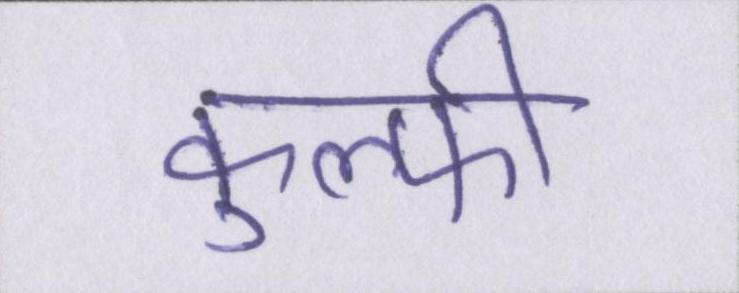
कुल्फी